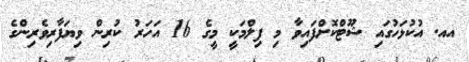
އއ. އުކުޅަހުގައި ޝޫޓްކޮށްފައިވާ މި ފިލްމަކީ މީގެ 16 އަހަރު ކުރިން ވިޔަފާރިވެރިންގެ